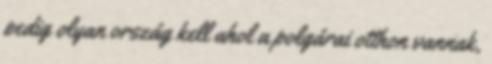
pedig olyan ország kell ahol a polgárai otthon vannak,